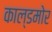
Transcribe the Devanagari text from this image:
काल्डमोर